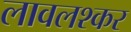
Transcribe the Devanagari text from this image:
लावलश्कर